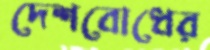
দেশবোধের